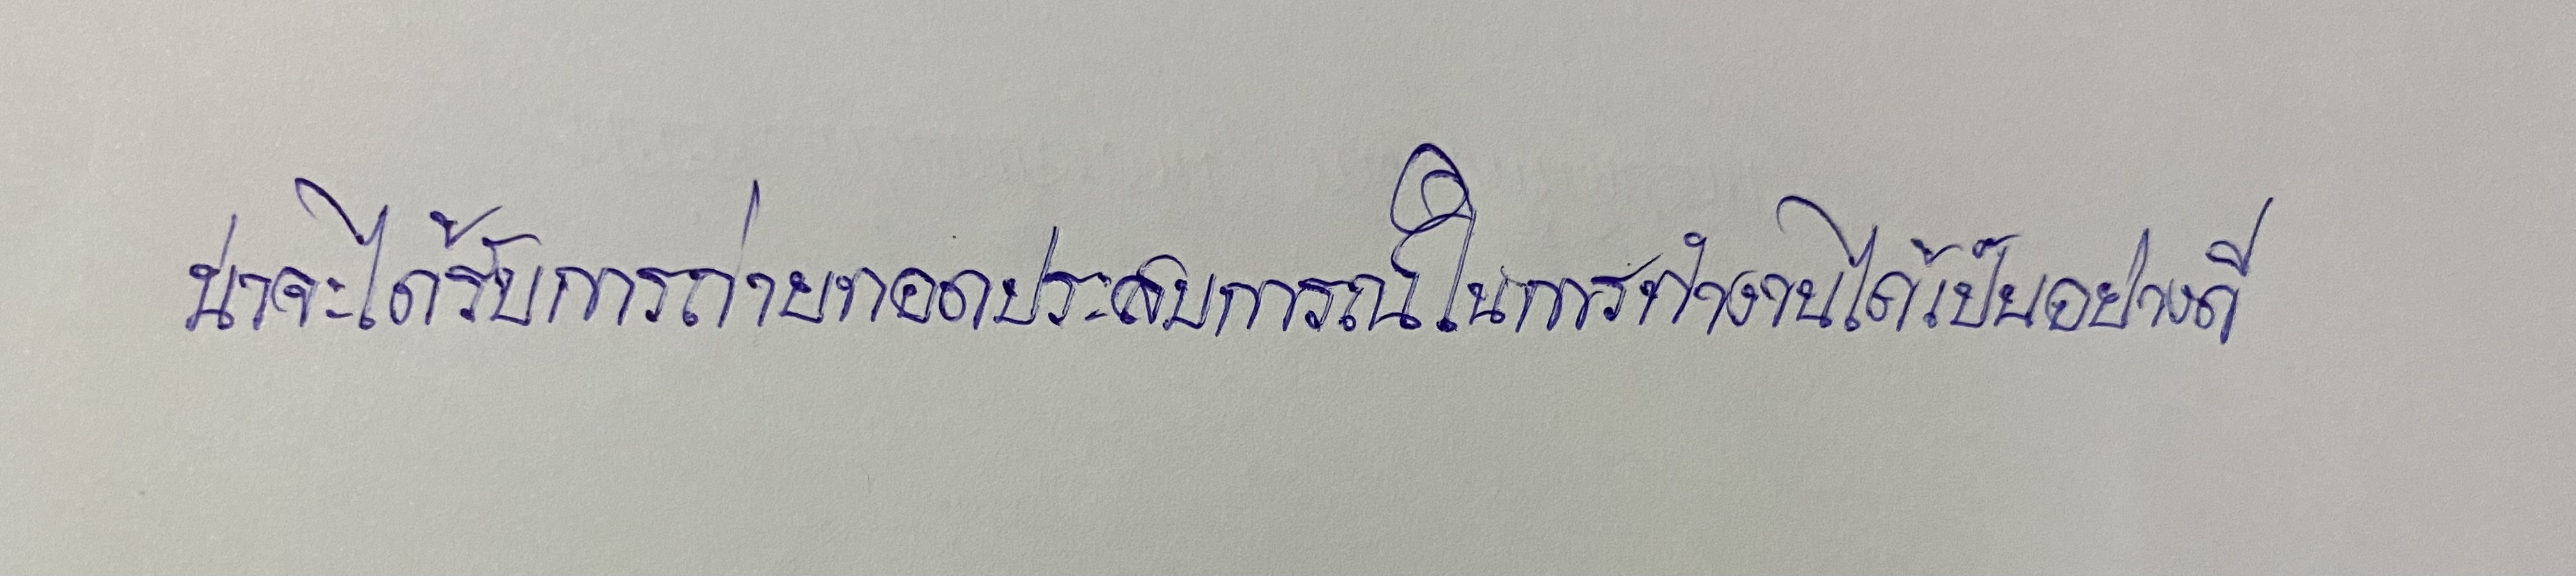
น่าจะได้รับการถ่ายทอดประสบการณ์ในการทำงานได้เป็นอย่างดี